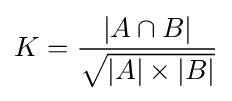
K={\frac {|A\cap B|}{\sqrt {|A|\times |B|}}}